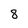
Character: 8